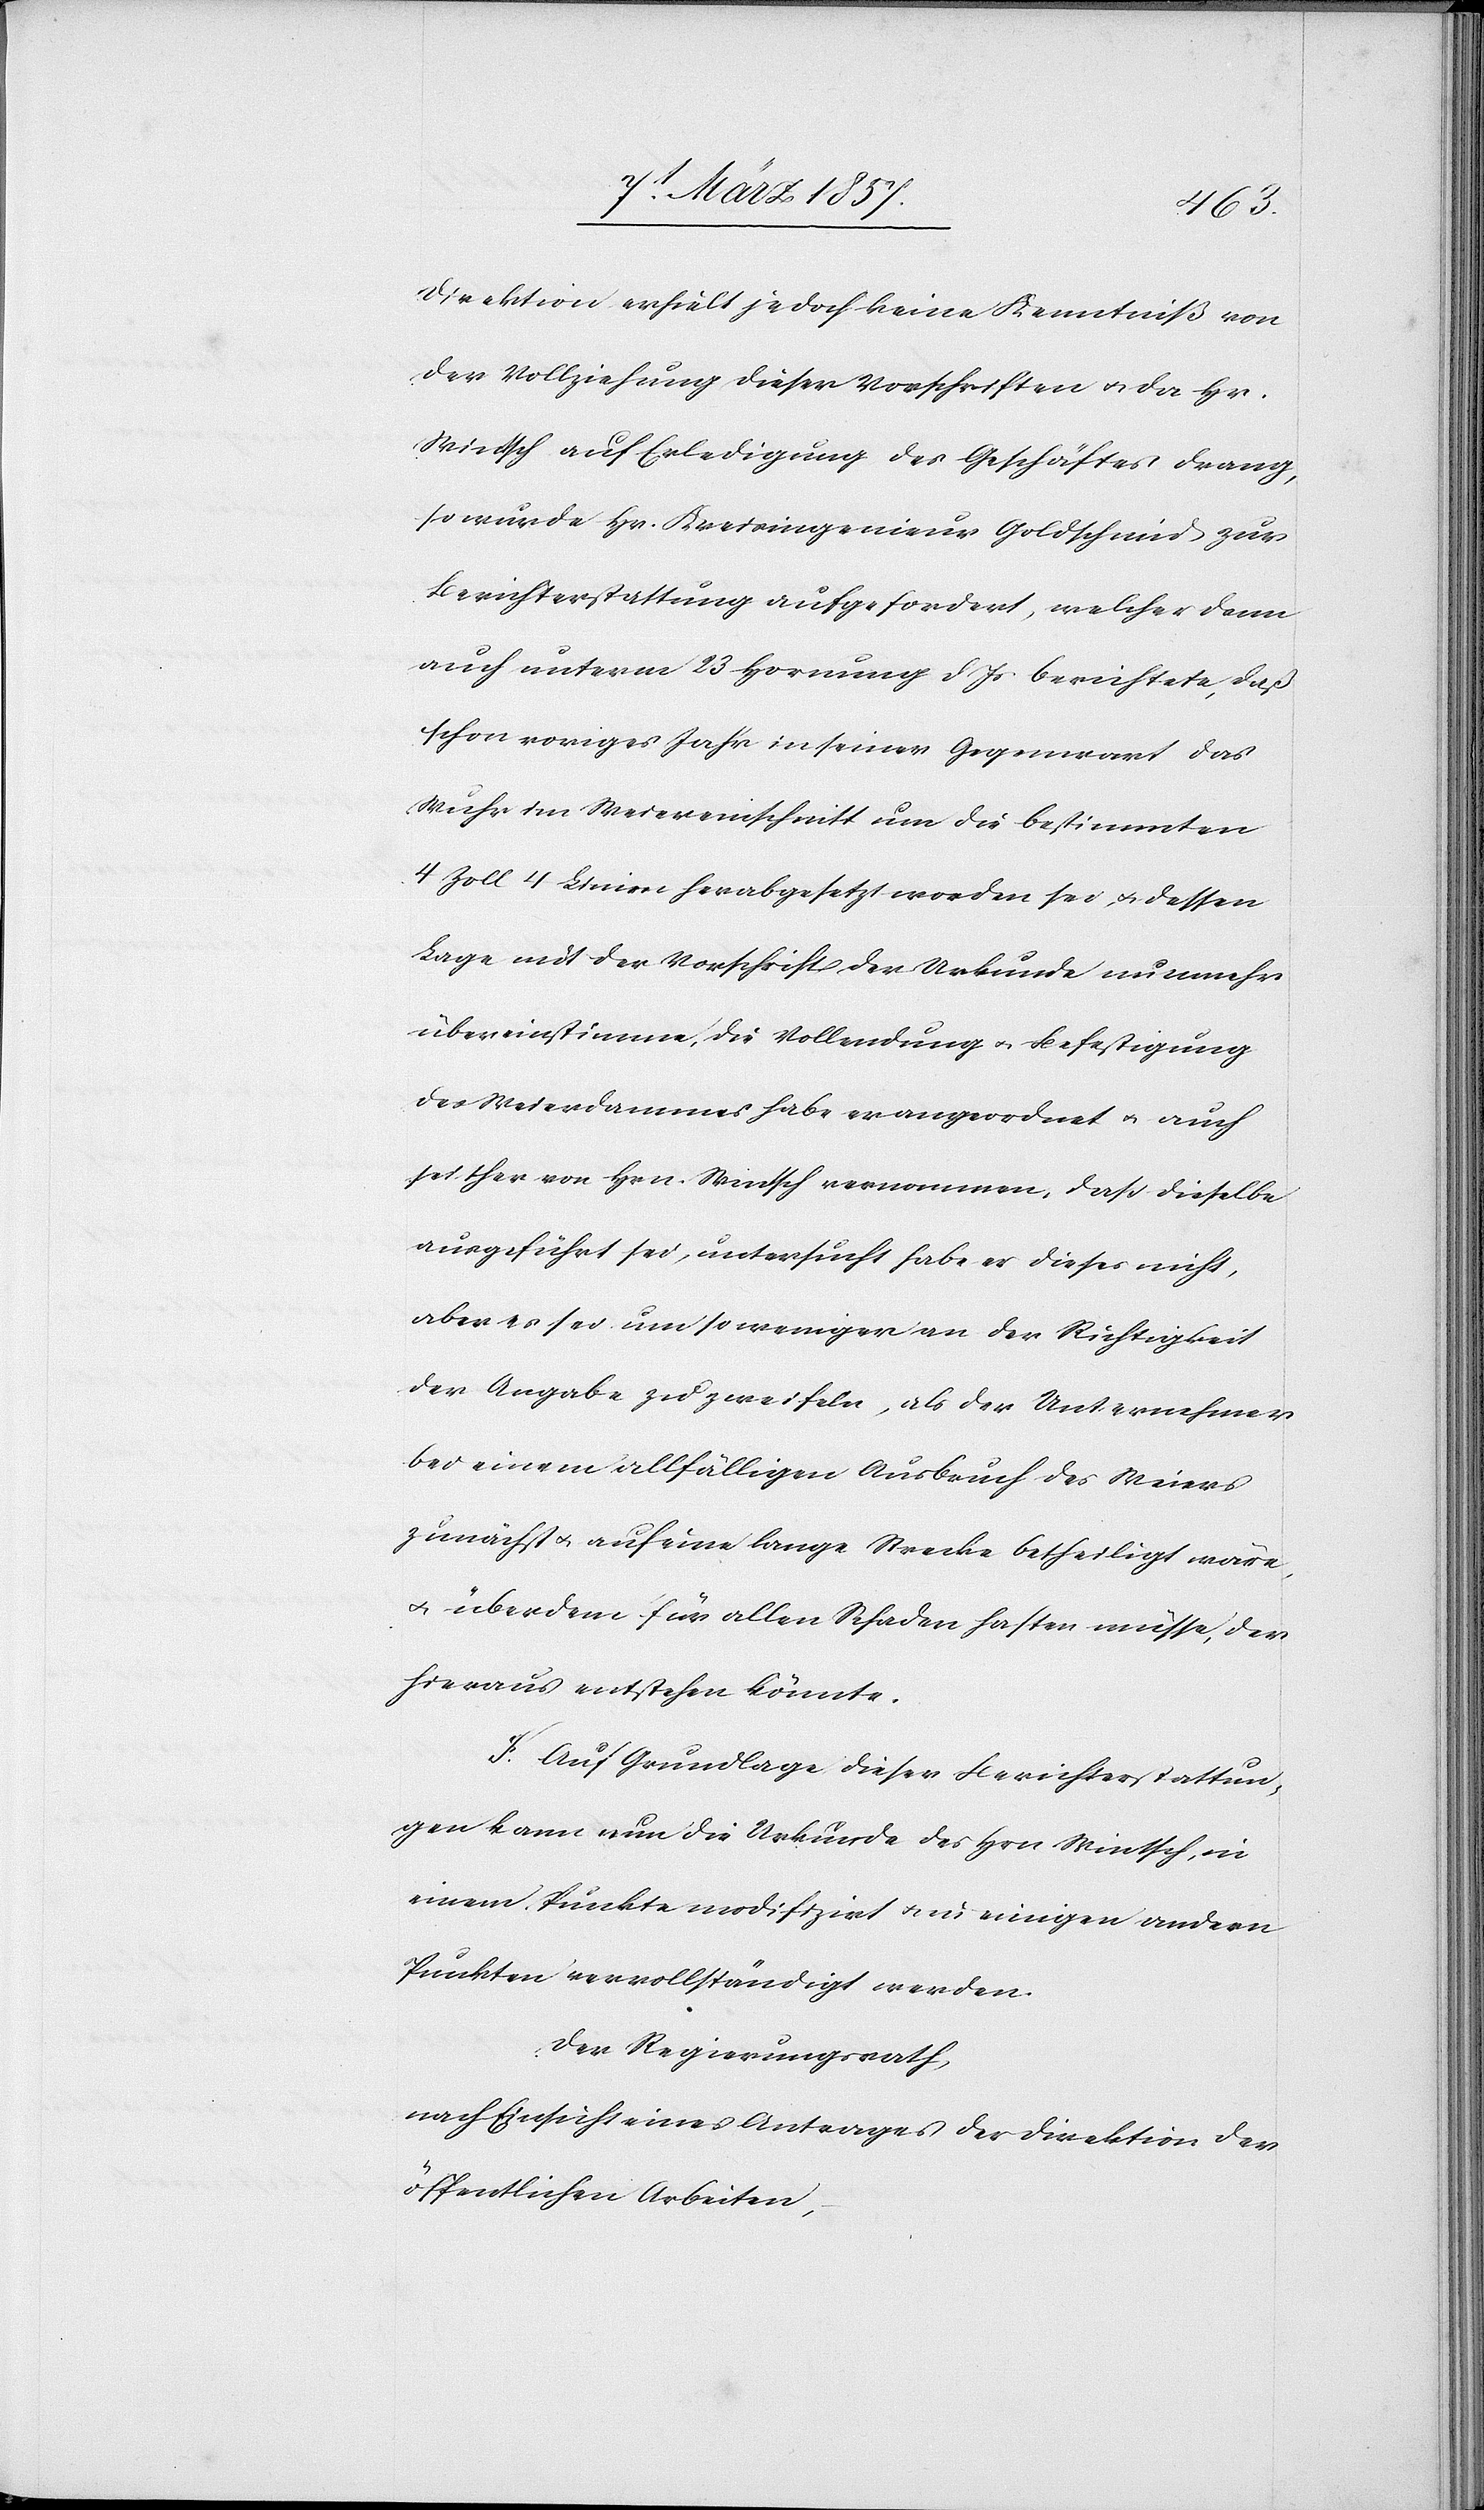
Direktion erhielt jedoch keine Kenntniß von
der Vollziehung dieser Vorschriften u. da Hr.
Wintsch auf Erledigung des Geschäftes drang,
so wurde Hr. Kreisingenieur Goldschmid zur
Berichterstattung aufgefordert, welcher dann
auch unterm 23 Hornung d Js berichtete, daß
schon voriges Jahr in seiner Gegenwart das
Wuhr im Weiereinschnitt um die bestimmten
4 Zoll 4 Linien herabgesetzt worden sei, u. dessen
Lage mit der Vorschrift der Urkunde nunmehr
übereinstimme, die Vollendung u. Befestigung
des Weierdammes habe er angeordnet u. auch
seither von Hrn. Wintsch vernommen, daß dieselbe
ausgeführt sei, untersucht habe er dieses nicht,
aber es sei um so weniger an der Richtigkeit
der Angabe zu zweifeln, als der Unternehmer
bei einem allfälligen Ausbruch des Weiers
zunächst u. auf eine lange Strecke betheiligt wäre,
u. überdem für allen Schaden haften müsse, der
hieraus entstehen könnte.
F. Auf Grundlage dieser Berichterstattun¬
gen kann nun die Urkunde des Hrn Wintsch, in
einem Punkte modifizirt u. in einigen andern
Punkten vervollständigt werden.
Der Regierungsrath,
nach Einsicht eines Antrages der Direktion der
öffentlichen Arbeiten,